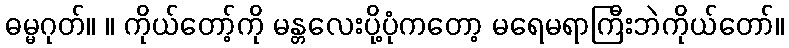
ဓမ္မဂုတ်။ ။ ကိုယ်တော့်ကို မန္တလေးပို့ပုံကတော့ မရေမရာကြီးဘဲကိုယ်တော်။